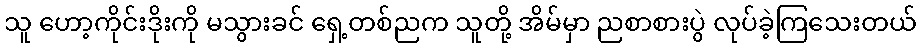
သူ ဟော့ကိုင်းဒိုးကို မသွားခင် ရှေ့တစ်ညက သူတို့ အိမ်မှာ ညစာစားပွဲ လုပ်ခဲ့ကြသေးတယ်